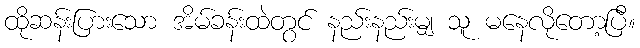
ထိုဆန်းပြားသော အိမ်ခန်းထဲတွင် နည်းနည်းမျှ သူ မနေလိုတော့ပြီ။